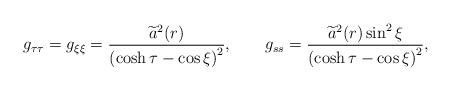
LaTeX: \begin{align*}g_{\tau \tau }=g_{\xi \xi }=\frac{\widetilde{a}^{2}(r)}{\left( \cosh \tau-\cos \xi \right) ^{2}},\qquad g_{ss}=\frac{\widetilde{a}^{2}(r)\sin ^{2}\xi}{\left( \cosh \tau -\cos \xi \right) ^{2}},\end{align*}